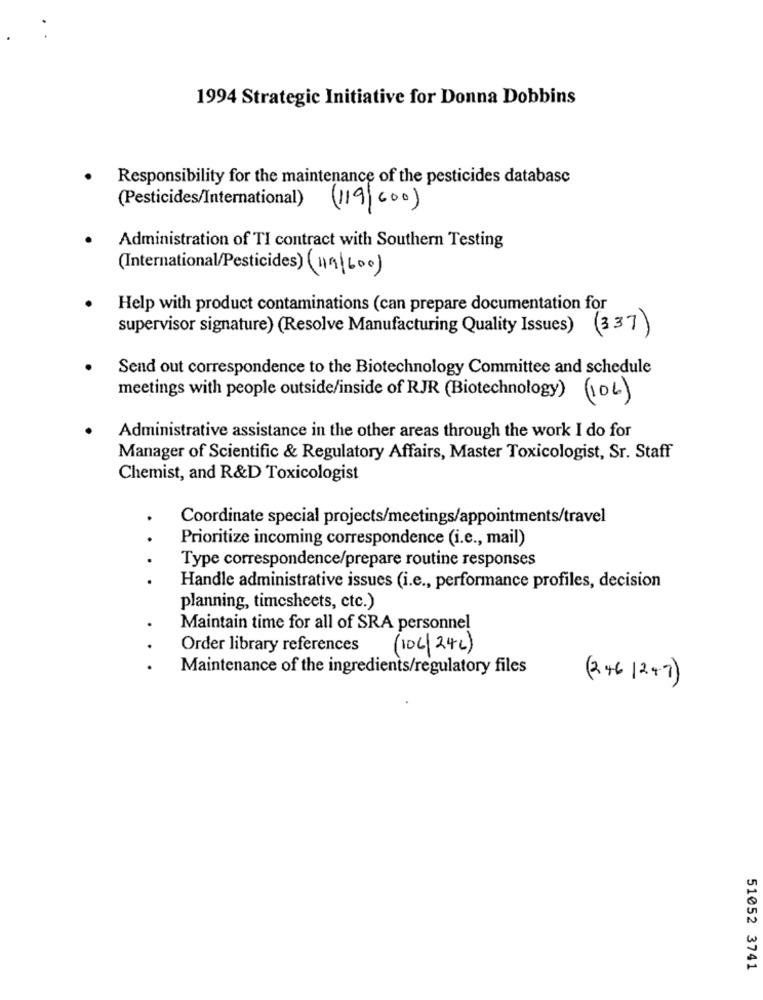
1994 Strategic Initiative for Donna Dobbins
Responsibility for the maintenance of the pesticides database
(Pesticides/International) (119/600)
Administration of TI contract with Southern Testing
(International/Pesticides) (119/600)
Help with product contaminations (can prepare documentation for
supervisor signature) (Resolve Manufacturing Quality Issues)
(337)
Send out correspondence to the Biotechnology Committee and schedule
meetings with people outside/inside of RJR (Biotechnology) (106)
Administrative assistance in the other areas through the work I do for
Manager of Scientific & Regulatory Affairs, Master Toxicologist, Sr. Staff
Chemist, and R&D Toxicologist
Coordinate special projects/meetings/appointments/travel
Prioritize incoming correspondence (i.e ., mail)
Type correspondence/prepare routine responses
Handle administrative issues (i.e ., performance profiles, decision
planning, timesheets, etc.)
Maintain time for all of SRA personnel
Order library references
(106/246)
.
Maintenance of the ingredients/regulatory files
(246 1247)
51052 3741